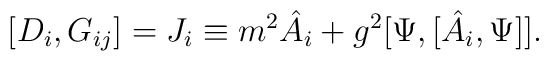
[D_i,G_{ij}]=J_i\equiv m^2\hat{A}_i+g^2[\Psi ,[\hat{A}_i,\Psi ]].